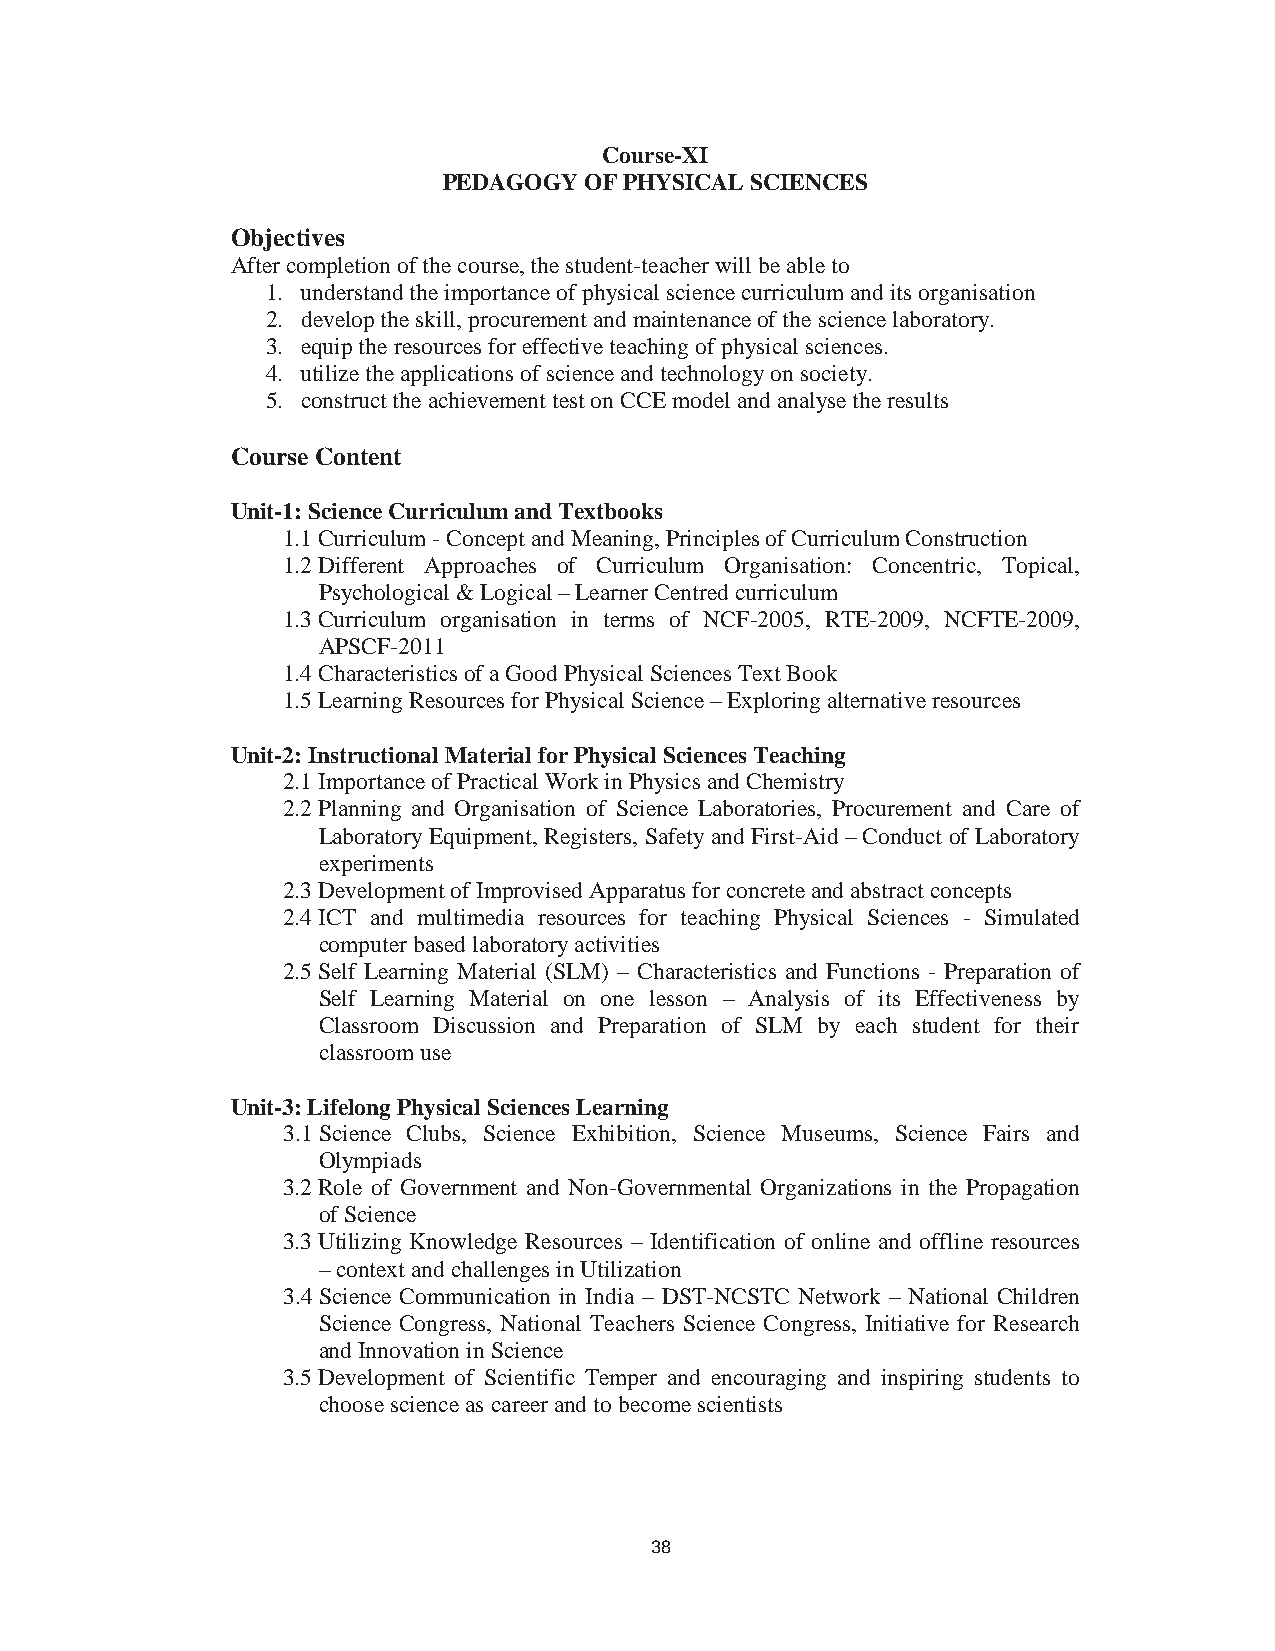
44
 Course-XI
 PEDAGOGY  OF PHYSICAL SCIENCES
 Objectives
 After completion of the course, the student-teacher will be able to
 1. understand the importance of physical science curriculum and its organisation
 2. develop the skill, procurement and maintenance of the science laboratory.
 3. equip the resources for effective teaching of physical sciences.
 4. utilize the applications of science and technology on society.
 5. construct the achievement test on CCE model and analyse the results
 Course Content
 Unit-1: Science Curriculum and Textbooks
 1.1Curriculum - Concept and Meaning, Principles of Curriculum Construction
 1.2Different Approaches of Curriculum Organisation: Concentric, Topical,
 Psychological & Logical – Learner Centred curriculum
 1.3Curriculum organisation in terms of NCF-2005, RTE-2009, NCFTE-2009,
 APSCF-2011
 1.4Characteristics of a Good Physical Sciences Text Book
 1.5Learning Resources for Physical Science – Exploring alternative resources
 Unit-2: Instructional Material for Physical Sciences Teaching
 2.1Importance of Practical Work in Physics and Chemistry
 2.2Planning and Organisation of Science Laboratories, Procurement and Care of
 Laboratory Equipment, Registers, Safety and First-Aid – Conduct of Laboratory
 experiments
 2.3Development of Improvised Apparatus for concrete and abstract concepts
 2.4ICT and multimedia resources for teaching Physical Sciences - Simulated
 computer based laboratory activities
 2.5Self Learning Material (SLM) – Characteristics and Functions - Preparation of
 Self Learning Material on one lesson – Analysis of its Effectiveness by
 Classroom Discussion and Preparation of SLM by each student for their
 classroom use
 Unit-3: Lifelong Physical Sciences Learning
 3.1Science Clubs, Science Exhibition, Science Museums, Science Fairs and
 Olympiads
 3.2Role of Government and Non-Governmental Organizations in the Propagation
 of Science
 3.3Utilizing Knowledge Resources – Identification of online and offline resources
 – context and challenges in Utilization
 3.4Science Communication in India – DST-NCSTC Network – National Children
 Science Congress, National Teachers Science Congress, Initiative for Research
 and Innovation in Science
 3.5Development of Scientific Temper and encouraging and inspiring students to
 choose science as career and to become scientists
 38